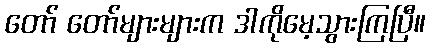
တော် တော်များများက ဒါကိုမေ့သွားကြပြီ။